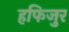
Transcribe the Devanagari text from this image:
हफिजुर